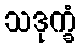
သဒုက္ခံ